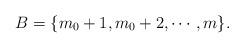
LaTeX: \begin{align*} B=\{m_{0}+1,m_{0}+2,\cdots,m\}.\end{align*}